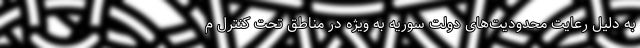
به دلیل رعایت محدودیت‌های دولت سوریه به ویژه در مناطق تحت کنترل م